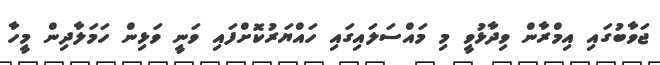
ޖަވާބުގައި އިމްރާން ވިދާޅުވީ މި މައްސަލައިގައި ހައްޔަރުކޮށްފައި ވަނީ ވަޅިން ހަމަލާދިން މީހާ